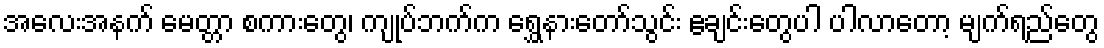
အလေးအနက် မေတ္တာ စကားတွေ၊ ကျုပ်ဘက်က ရွှေနားတော်သွင်း ဧချင်းတွေပါ ပါလာတော့ မျက်ရည်တွေ